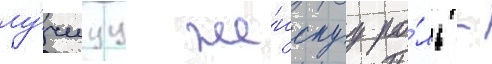
лу́чшуу же́нскуу ро́ль -